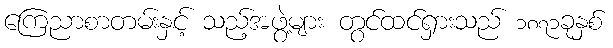
ကြေညာစာတမ်းနှင့် သည့်အဖွဲ့များ တွင်ထင်ရှားသည် ၁၈၇၁ခုနှစ်